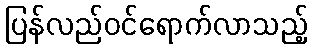
ပြန်လည်ဝင်ရောက်လာသည့်